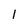
Character: 1